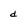
Character: d